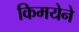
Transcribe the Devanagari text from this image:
किमयेने